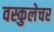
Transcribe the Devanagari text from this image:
वस्कुलेचर